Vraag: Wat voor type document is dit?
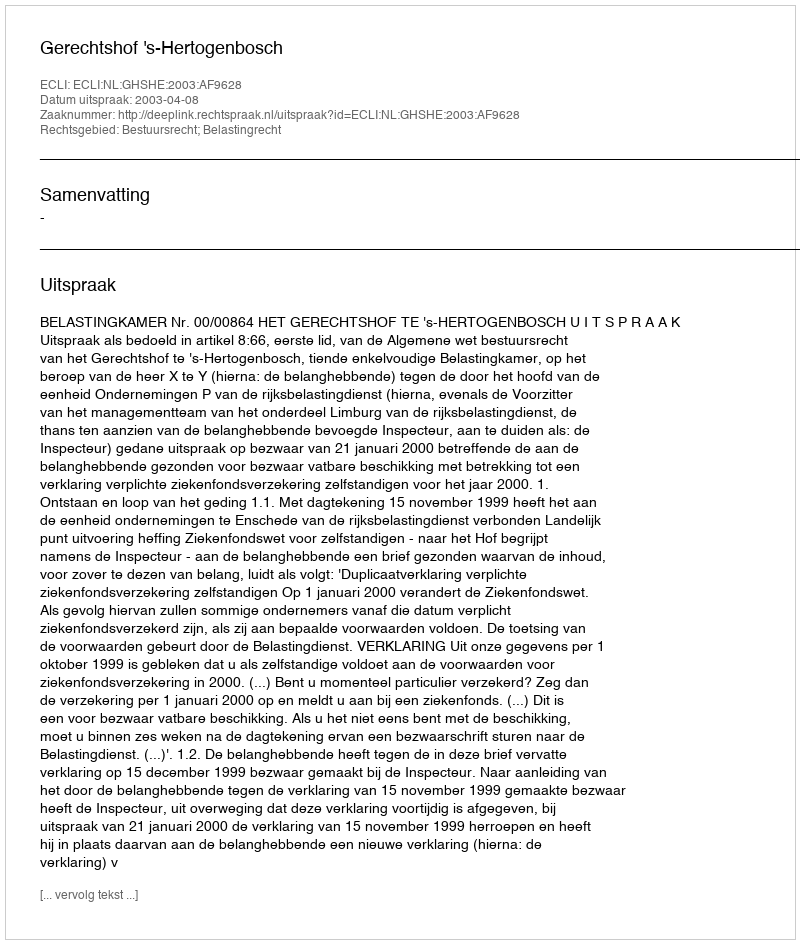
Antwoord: Uitspraak